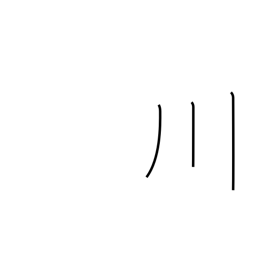
Meaning: river or three-stroke river radical (no. 47)